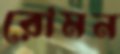
রোমন